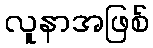
လူနာအဖြစ်